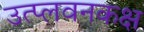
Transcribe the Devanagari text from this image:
उत्प्लवनकक्ष